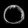
Digit: ၀